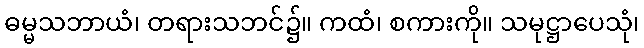
ဓမ္မသဘာယံ၊ တရားသဘင်၌။ ကထံ၊ စကားကို။ သမုဋ္ဌာပေသုံ၊